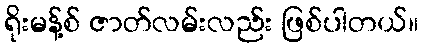
ရိုးမန့်စ် ဇာတ်လမ်းလည်း ဖြစ်ပါတယ်။